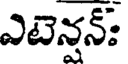
ఎటెన్నన్: